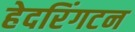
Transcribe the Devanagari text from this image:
हेदरिंगटन